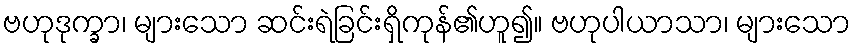
ဗဟုဒုက္ခာ၊ များသော ဆင်းရဲခြင်းရှိကုန်၏ဟူ၍။ ဗဟုပါယာသာ၊ များသော